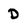
Character: D